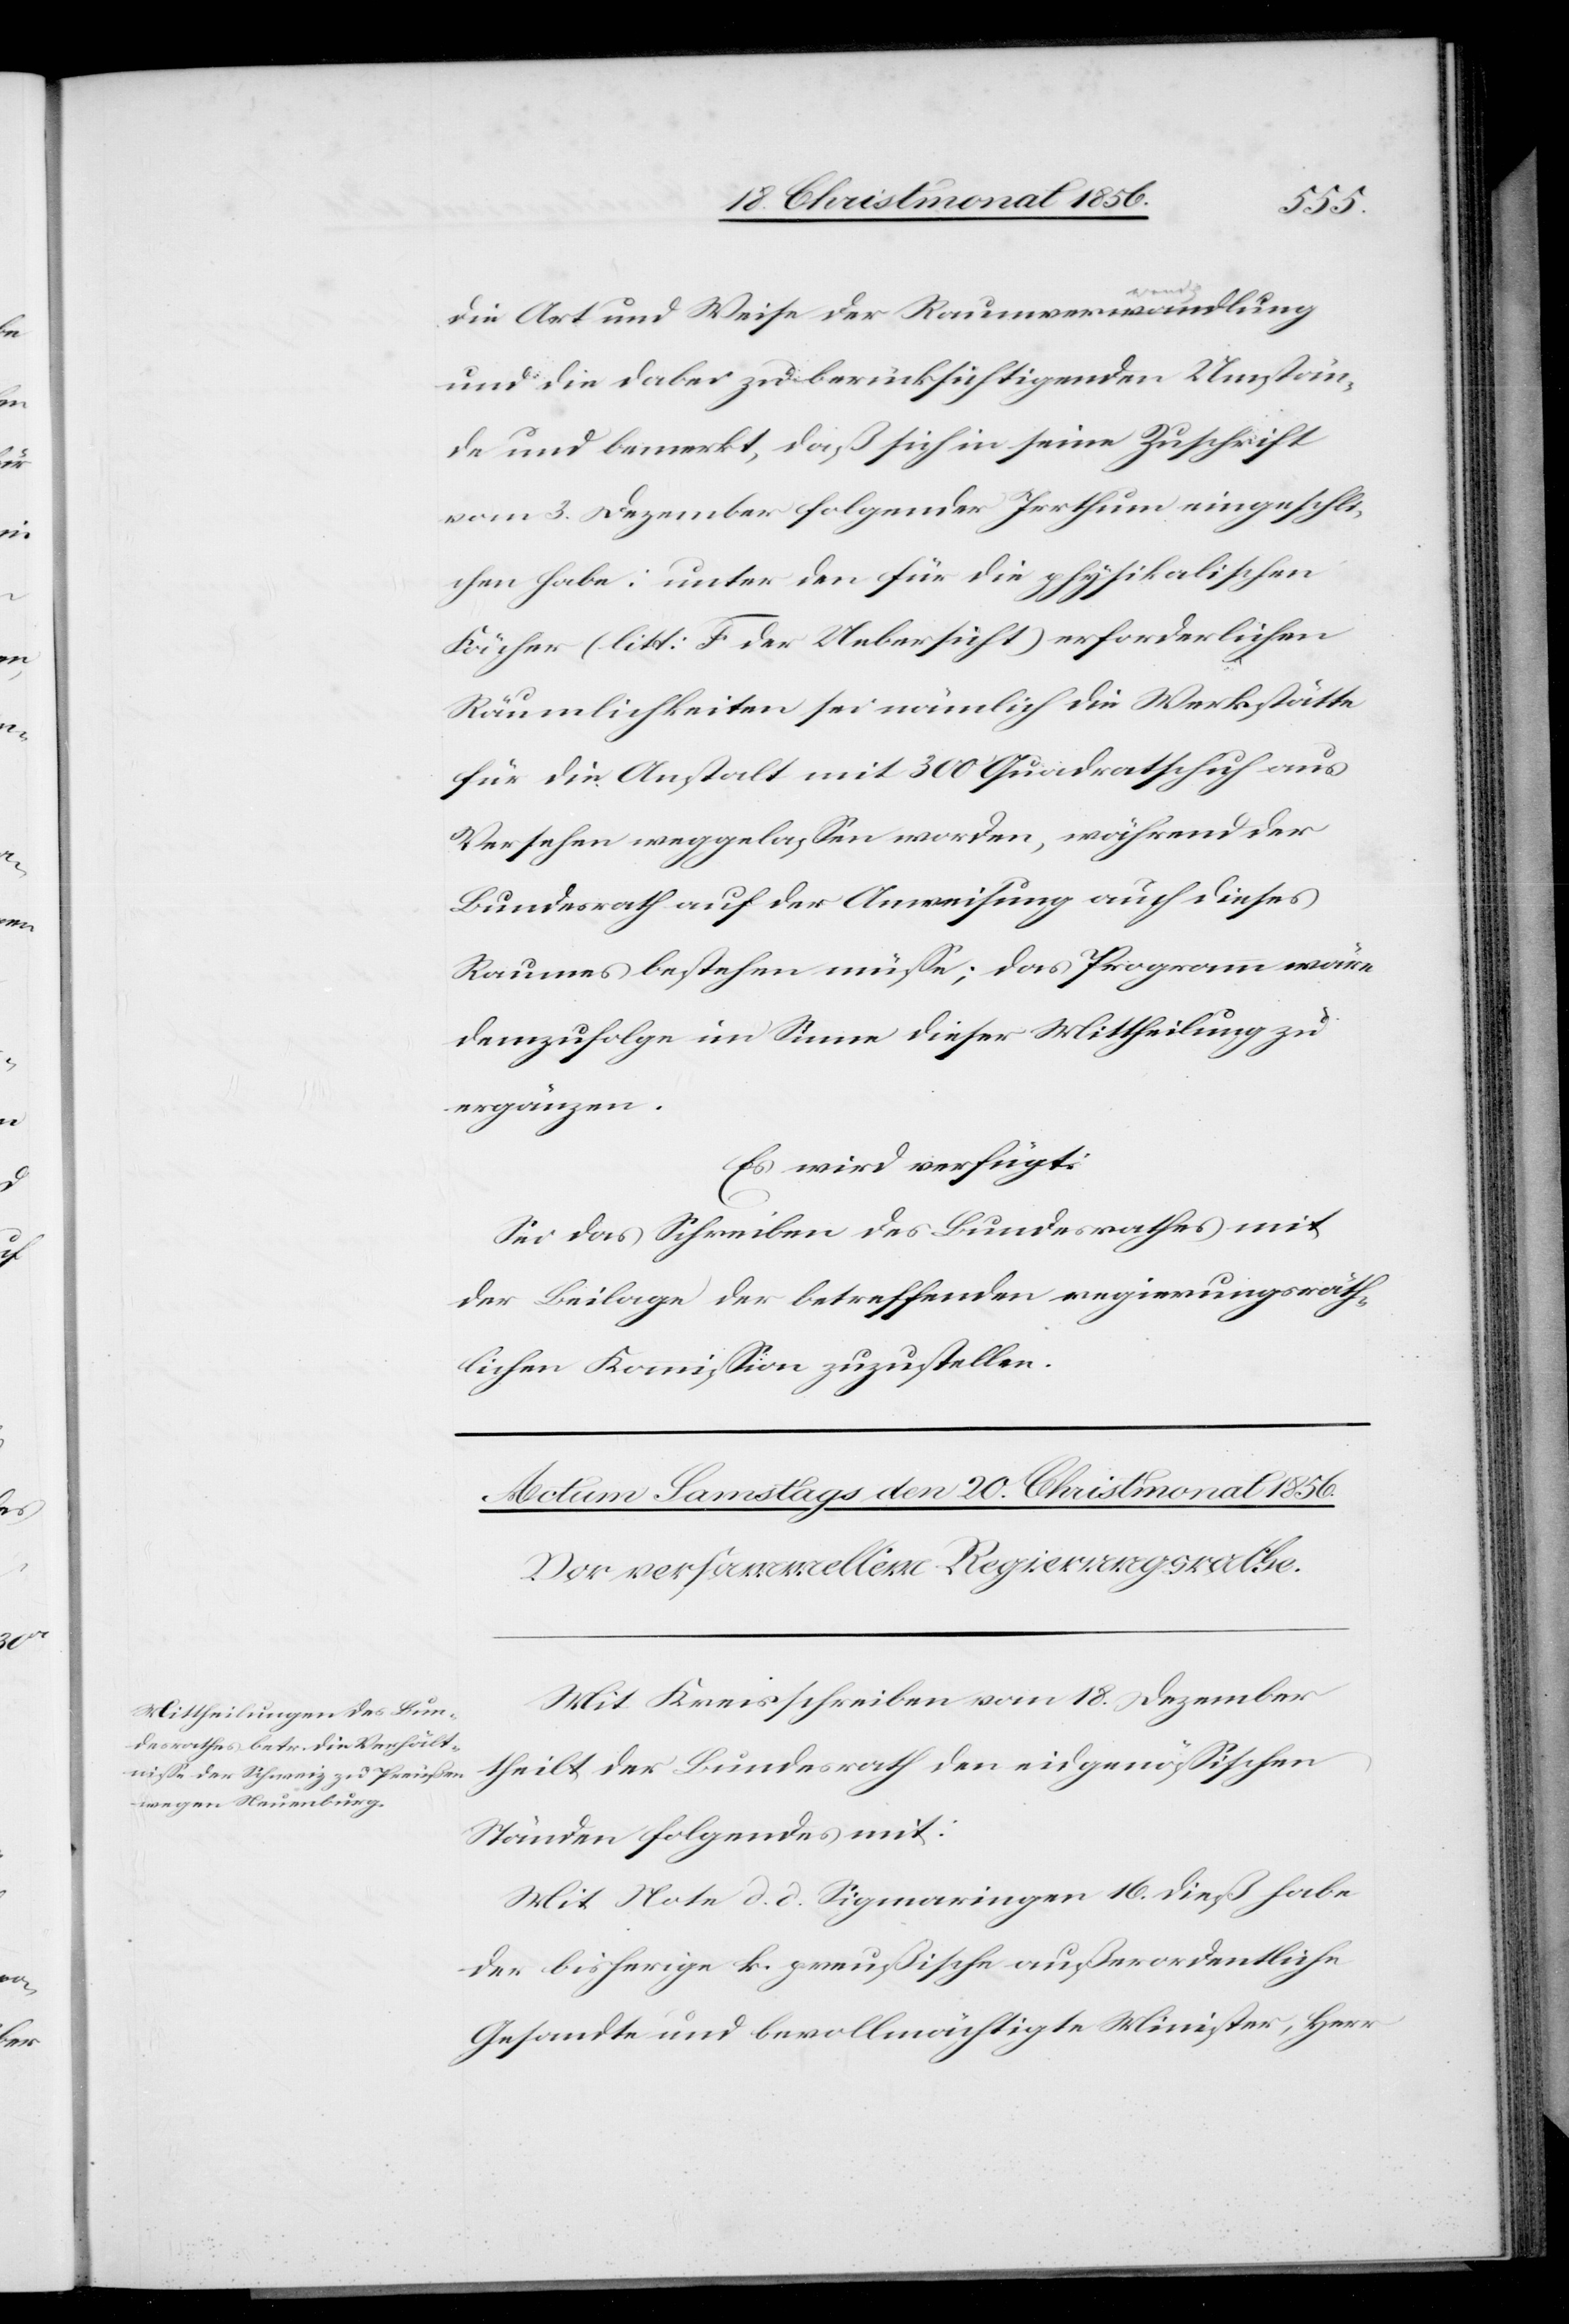
die Art und Weise der Raumvera-wandlung
und die dabei zu berücksichtigenden Umstän¬
de und bemerkt, daß sich in seine Zuschrift
vom 3. Dezember folgender Irrthum eingeschli¬
chen habe: unter den für die physikalischen
Fächer (litt: F der Uebersicht) erforderlichen
Räumlichkeiten sei nämlich die Werkstätte
für die Anstalt mit 300 Quadratschuh aus
Versehen weggelassen worden, während der
Bundesrath auf der Anweisung auch dieses
Raumes bestehen müsse; das Programm wäre
demzufolge im Sinne dieser Mittheilung zu
ergänzen.
Es wird verfügt:
Sei das Schreiben des Bundesrathes mit
der Beilage der betreffenden regierungsräth¬
lichen Kommission zuzustellen.
Mit Kreisschreiben vom 18. Dezember
theilt der Bundesrath den eidgenössischen
Ständen folgendes mit:
Mit Note d. d. Sigmaringen 16. dieß habe
der bisherige k. preußische außerordentliche
Gesandte und bevollmächtigte Minister, Herr